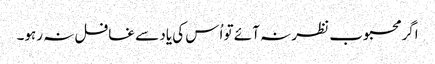
اگر محبوب نظر نہ آئے تو اُس کی یاد سے غافل نہ رہو۔